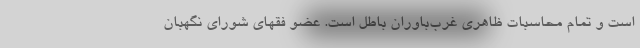
است و تمام محاسبات ظاهری غرب‌باوران باطل است. عضو فقهای شورای نگهبان